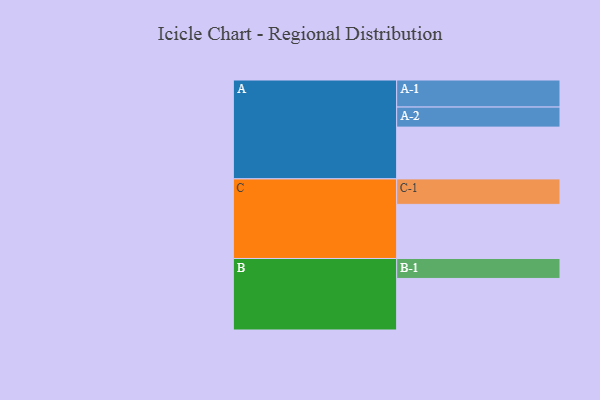
{"axis": {"x": "Segment", "y": "Value"}, "legend": ["", "A", "B", "C"], "data": [{"x": "A", "y": 467, "type": ""}, {"x": "B", "y": 465, "type": ""}, {"x": "C", "y": 488, "type": ""}, {"x": "A-1", "y": 244, "type": "A"}, {"x": "A-2", "y": 181, "type": "A"}, {"x": "B-1", "y": 180, "type": "B"}, {"x": "C-1", "y": 230, "type": "C"}]}